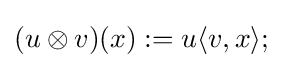
(u\otimes v)(x):=u\langle v,x\rangle ;